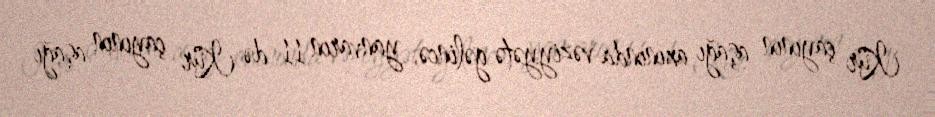
Kür çayının aşağı axınında vəziyyətə gəlincə, yanvarın 11-də Kür çayının aşağı